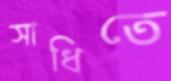
সাধিতে